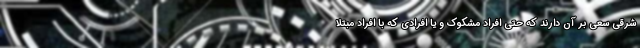
شرقی سعی بر آن دارند که حتی افراد مشکوک و یا افرادی که با افراد مبتلا